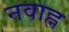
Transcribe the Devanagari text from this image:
नवाह्न